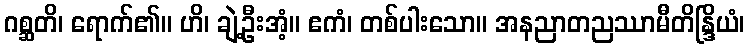
ဂစ္ဆတိ၊ ရောက်၏။ ဟိ၊ ချဲ့ဦးအံ့။ ဧကံ၊ တစ်ပါးသော။ အနညာတညဿာမီတိန္ဒြိယံ၊